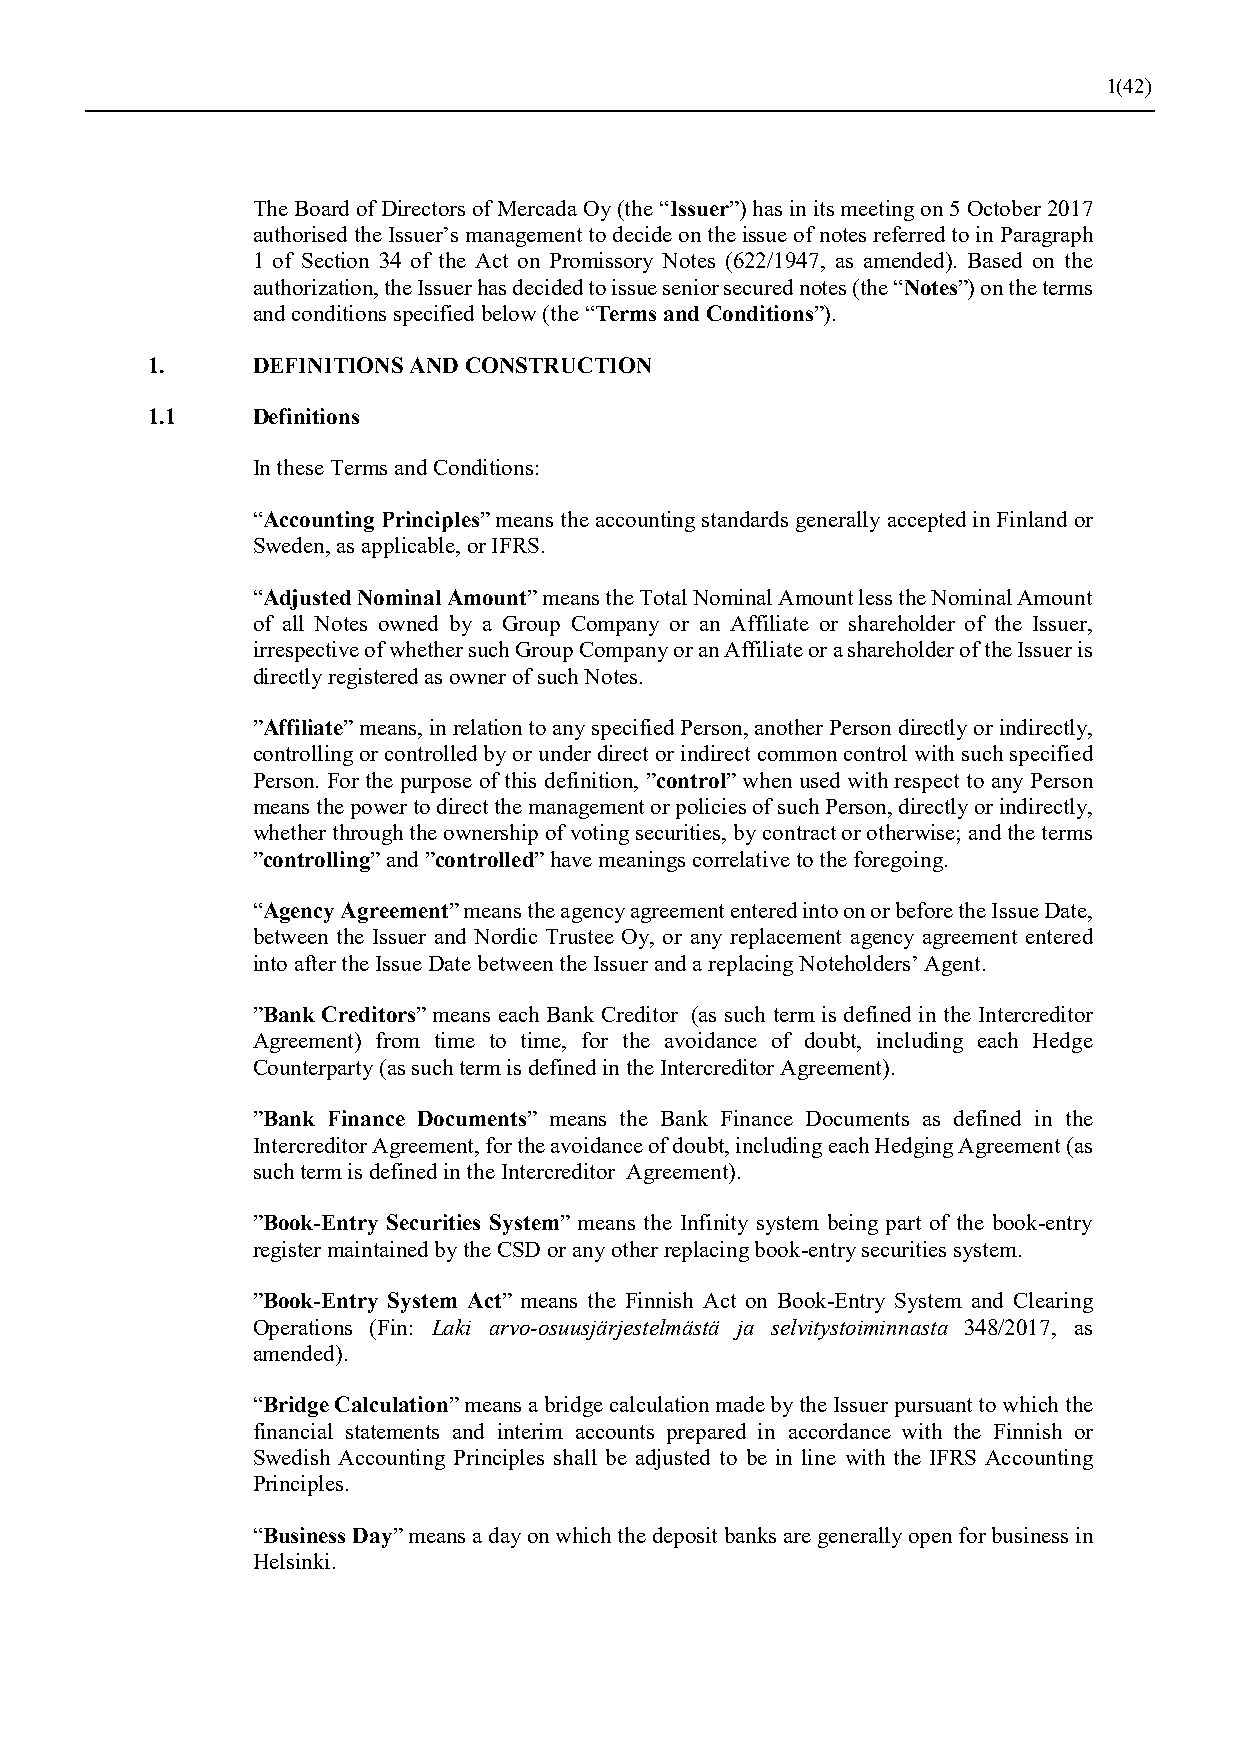
1(42)
 The Board of Directors of Mercada Oy (the “Issuer”) has in its meeting on 5 October 2017
 authorised the Issuer’s management to decide on the issue of notes referred to in Paragraph
 1 of Section 34 of the Act on Promissory Notes (622/1947, as amended). Based on the
 authorization, the Issuer has decided to issue senior secured notes (the “Notes”) on the terms
 and conditions specified below (the “Terms and Conditions”).
 1.     DEFINITIONS AND CONSTRUCTION
 1.1    Definitions
 In these Terms and Conditions:
 “Accounting Principles” means the accounting standards generally accepted in Finland or
 Sweden, as applicable, or IFRS.
 “Adjusted Nominal Amount” means the Total Nominal Amount less the Nominal Amount
 of all Notes owned by a Group Company or an Affiliate or shareholder of the Issuer,
 irrespective of whether such Group Company or an Affiliate or a shareholder of the Issuer is
 directly registered as owner of such Notes.
 ”Affiliate” means, in relation to any specified Person, another Person directly or indirectly,
 controlling or controlled by or under direct or indirect common control with such specified
 Person. For the purpose of this definition, ”control” when used with respect to any Person
 means the power to direct the management or policies of such Person, directly or indirectly,
 whether through the ownership of voting securities, by contract or otherwise; and the terms
 ”controlling” and ”controlled” have meanings correlative to the foregoing.
 “Agency Agreement” means the agency agreement entered into on or before the Issue Date,
 between the Issuer and Nordic Trustee Oy, or any replacement agency agreement entered
 into after the Issue Date between the Issuer and a replacing Noteholders’ Agent.
 ”Bank Creditors” means each Bank Creditor (as such term is defined in the Intercreditor
 Agreement) from time to time, for the avoidance of doubt, including each Hedge
 Counterparty (as such term is defined in the Intercreditor Agreement).
 ”Bank Finance Documents” means the Bank Finance Documents as defined in the
 Intercreditor Agreement, for the avoidance of doubt, including each Hedging Agreement (as
 such term is defined in the Intercreditor Agreement).
 ”Book-Entry Securities System” means the Infinity system being part of the book-entry
 register maintained by the CSD or any other replacing book-entry securities system.
 ”Book-Entry System Act” means the Finnish Act on Book-Entry System and Clearing
 Operations (Fin: Laki arvo-osuusjärjestelmästä ja selvitystoiminnasta 348/2017, as
 amended).
 “Bridge Calculation” means a bridge calculation made by the Issuer pursuant to which the
 financial statements and interim accounts prepared in accordance with the Finnish or
 Swedish Accounting Principles shall be adjusted to be in line with the IFRS Accounting
 Principles.
 “Business Day” means a day on which the deposit banks are generally open for business in
 Helsinki.